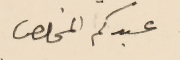
عبدكم المخلص